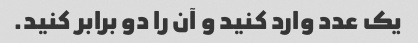
یک عدد وارد کنید و آن را دو برابر کنید.